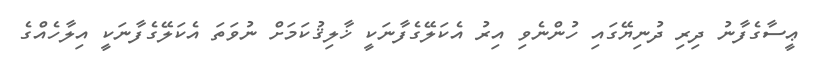
ޢީސާގެފާނު ދިރި ދުނިޔޭގައި ހުންނެވި އިރު އެކަލޭގެފާނަކީ ޚާލިޤުކަމަށް ނުވަތަ އެކަލޭގެފާނަކީ އިލާހެއްގެ